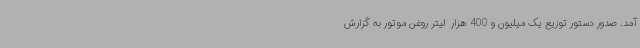
آمد. صدور دستور توزیع یک میلیون و 400 هزار  لیتر روغن موتور به گزارش